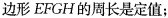
边形EFGH的周长是定值；